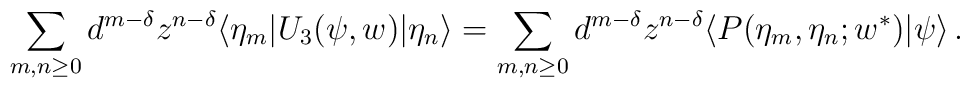
\sum_{m,n\geq 0}d^{m-\delta}z^{n-\delta}\langle\eta_m|U_3(\psi,w)|\eta_n\rangle=\sum_{m,n\geq 0}d^{m-\delta}z^{n-\delta}\langle P(\eta_m,\eta_n;w^\ast)|\psi\rangle\,.